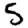
Digit: 5